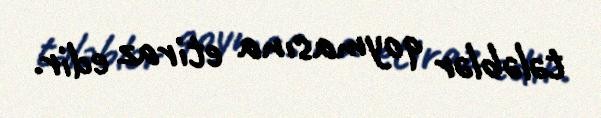
tələblər qoymasına etiraz edir.